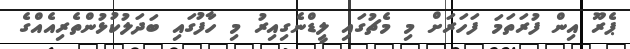
ޕެރޫ އިން ފުރަތަމަ ފަހަރަށް މި މެޗުގައި ލީޑްނެގިއިރު މި ހާފުގައި ބަދަލުކުޅުންތެރިއެއްގެ